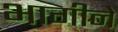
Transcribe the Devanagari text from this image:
भागीने